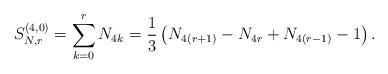
LaTeX: \begin{align*}S_{N,r}^{(4,0)}=\sum_{k=0}^{r}N_{4k}=\frac{1}{3}\left(N_{4(r+1)}-N_{4r}+N_{4(r-1)}-1\right).\end{align*}